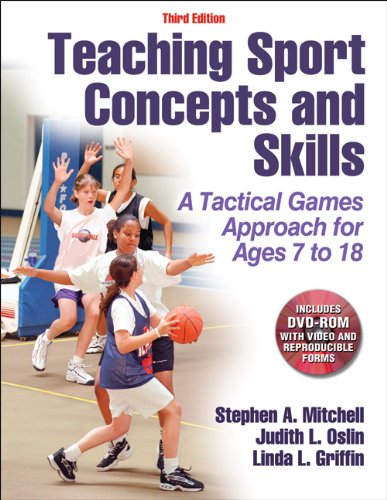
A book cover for Teaching Sport Concepts and Skills-3rd Edition: A Tactical Games Approach for Ages 7 to 18; Stephen Mitchell; Sports & Outdoors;